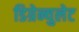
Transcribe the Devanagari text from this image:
डिग्रेन्युलेट